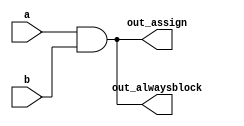
// synthesis verilog_input_version verilog_2001
module always1(
    input a, 
    input b,
    output wire out_assign,
    output reg out_alwaysblock
);
assign out_assign=a&b;
always @(*) 
out_alwaysblock=a&b;   
endmodule